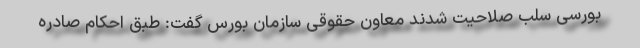
بورسی سلب صلاحیت شدند معاون حقوقی سازمان بورس گفت: طبق احکام صادره